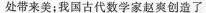
处带来美；我国古代数学家赵爽创造了